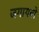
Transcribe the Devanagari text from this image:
जगायबो